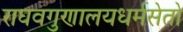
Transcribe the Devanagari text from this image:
राघवगुणालयधर्मसेतो